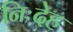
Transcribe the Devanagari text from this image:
निःदेह